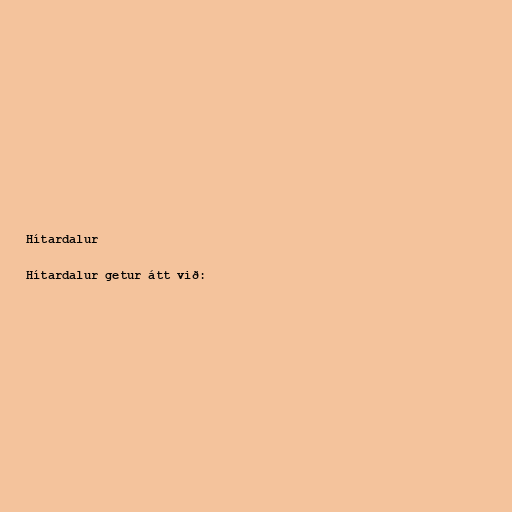
Hítardalur

Hítardalur getur átt við: